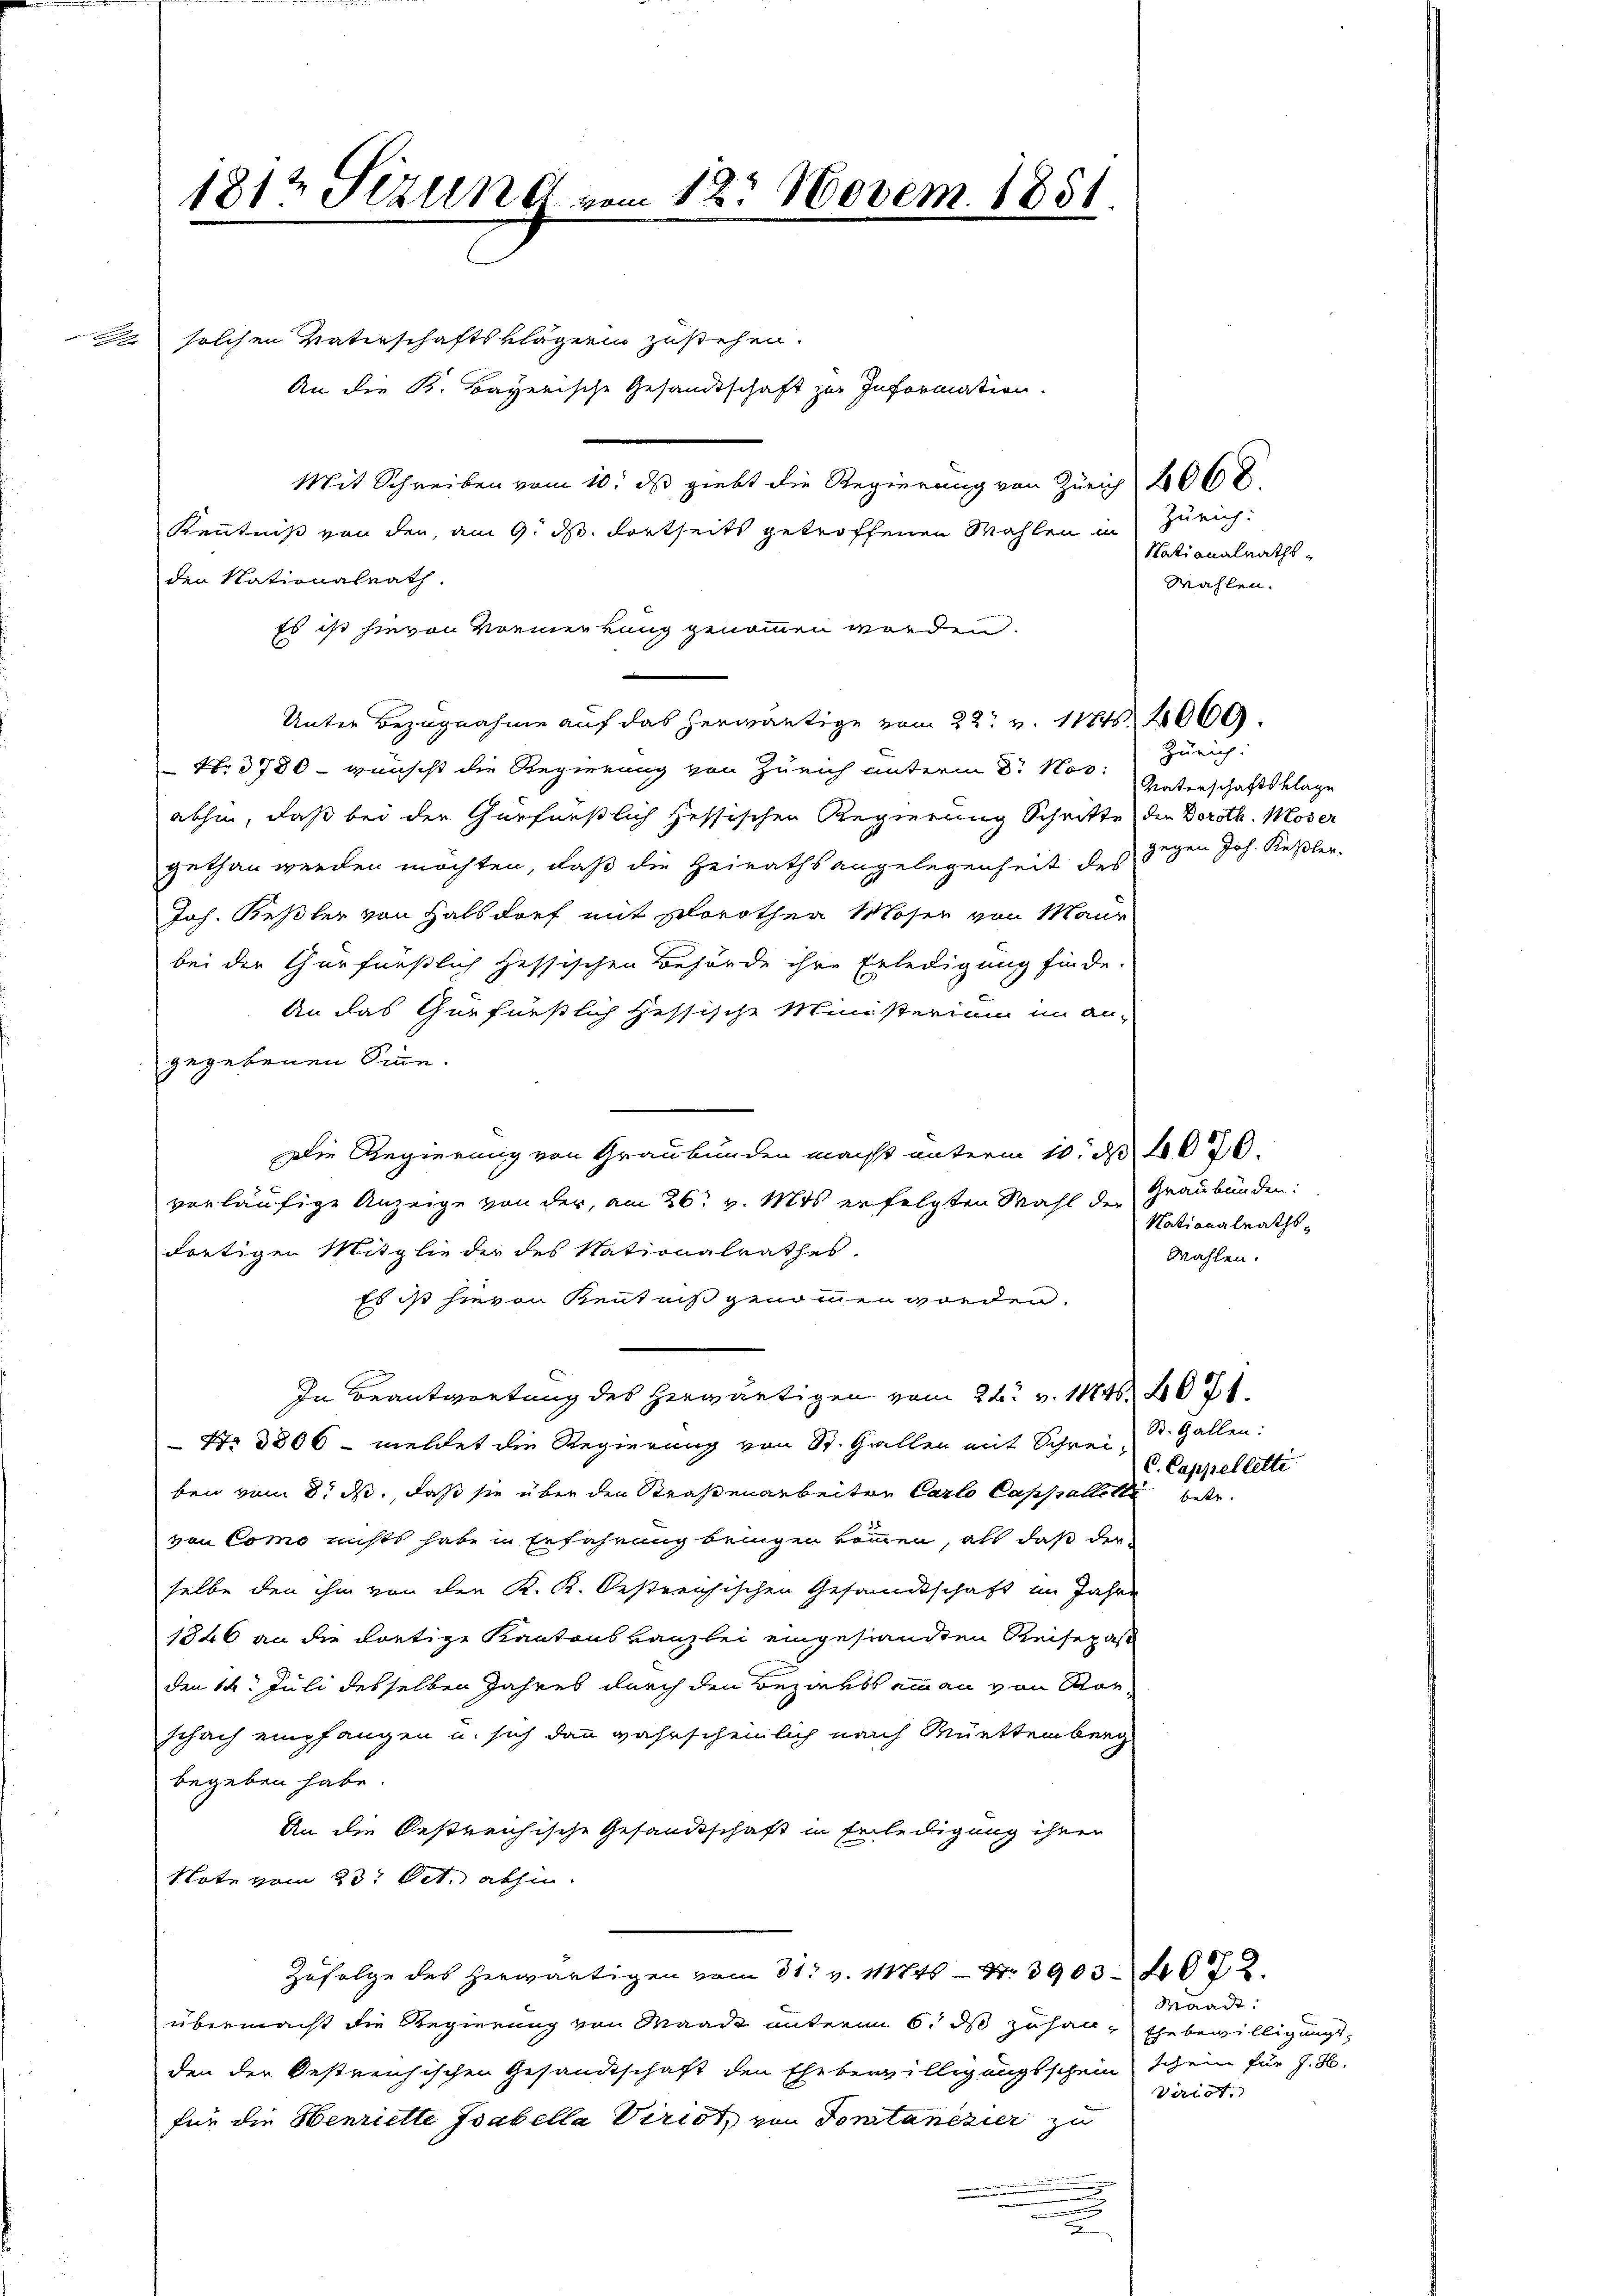
1812 Sezung vom 12. Novem. 1851.

2 solchen Vaterschaftsklägerin zustehen.
An die K. Bayerische Gesandtschaft zur Information.
Kenntniß von den, am 9. d. Fortseits getroffenen Mahlen in
den Nationalrath.
Es ist hievon Vormenkung genommen worden.
Unter Bezugnahme auf das herwärtige vom 22t v. 1172000.
 N. 3780 - wünscht die Regierung von Zürich unterm Dr. Nov.
abhin, daß bei der Gürfaeßlich zessischen Regierung Schritte der Doroth. Moser
gethan werden möchten, daß die Heirathsangelegenheit des gegen Joh. Keßler,
Joh. Keßler von Halbdorf mit Plorothea Moser von Maur
bei der Churfüeßlich pessischen Behörde ihre Erledigung finde.
An das Gurfürstlich Hessische Ministerium im an-
gegebenen Sinn.
Die Regierung von Graubünden macht unterm 10. d. 1076.
vorläufige Anzeige von der, am 26t v. Mts. erfolgten Wahl der Graubünden:
dortigen Mitglieder des Nationalrathes.
Es ist hievon Kenntniß genommen worden.
In Beantwortung des herwärtigen vom 24. v. 11746. 671.
 No 3806 - meldet die Regierung von St. Gallen mit Schrei St. Gallen:
ben vom 8. ds., daß sie über den Straßenarbeiten Carlo Cappellette
von Como nichts habe in Erfahrung bringen kommen, als daß der-
selbe den ihm von der K. K. Oestreichischen Gesandtschaft im Jahre
1846 an die dortige Kantonskanzlei eingesandten Reisepaß
den 14. Juli desselben Jahres durch den Bezirksammann von Vorschach empfangen u. sich dann wahrscheinlich nach Württemberg
begeben habe.
An die Oestreichische Gesandtschaft in Erledigung ihrer
Note vom 23t Oct. abhin.
Zufolge des herwärtigen vom 31. v. 11845 Nr. 3903. 4072.
übermacht die Regierung von Waadt unterm 6. ds zuhan, Ehebewilligungsden der Oestreichischen Gesandtschaft den Ehebewilligungsschein schein für J. H.
für die Henriette Isabella Virist, von Tonitanisier zu
.
.

Mit Schreiben vom 10. ds giebt die Regierung von Zürich 4000.

Zürich:
Nationalraths¬
Wahlen.

Zürich:
Vaterschaftsklage

Nationalraths-
Wahlen.

C. Cappelletti

betr.

Waadt:
Virist